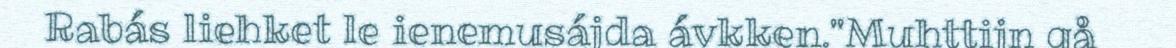
Rabás liehket le ienemusájda ávkken."Muhttijn gå